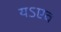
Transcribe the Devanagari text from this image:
यऽएव